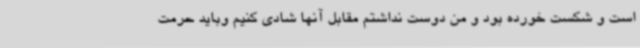
است و شکست خورده بود و من دوست نداشتم مقابل آنها شادی کنیم وباید حرمت